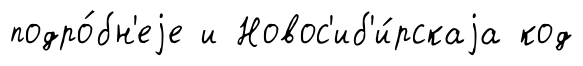
подро́бн'еjе и Новос'иб'и́рскаjа код